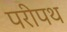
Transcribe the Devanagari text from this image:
परीपथ